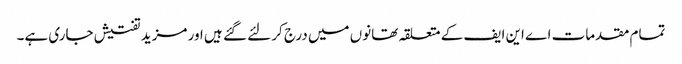
تمام مقدمات اے این ایف کے متعلقہ تھانوں میں درج کر لئے گئے ہیں اور مزید تفتیش جاری ہے۔